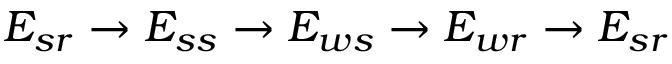
E _ { s r } \rightarrow E _ { s s } \rightarrow E _ { w s } \rightarrow E _ { w r } \rightarrow E _ { s r }